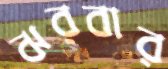
ঝরবার